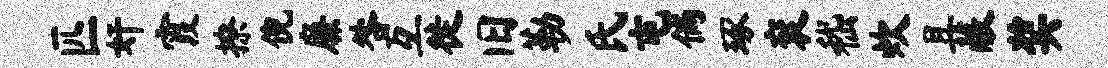
匹奸霞撩倪廉咎互徙旧勒氏屯倘琢衮嵇炊且蔽奖